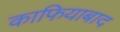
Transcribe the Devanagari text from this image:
काफियाबाद